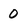
Character: 0